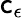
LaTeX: \mathsf{c}_{\epsilon}